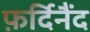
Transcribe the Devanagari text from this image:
फ़र्दिनैंद